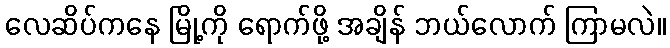
လေဆိပ်ကနေ မြို့ကို ရောက်ဖို့ အချိန် ဘယ်လောက် ကြာမလဲ။